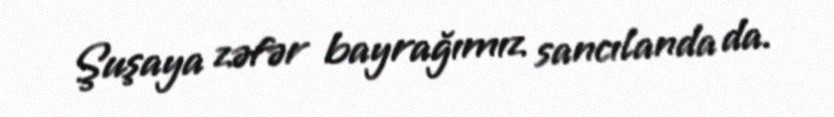
Şuşaya zəfər bayrağımız sancılanda da.